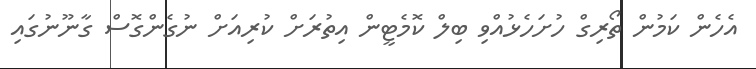
އެހެން ކަމުން ތޯރިގް ހުށަހެޅުއްވި ބިލް ކޮމެޓީން އިތުރަށް ކުރިއަށް ނުގެންގޮސް ގާނޫނުގައި